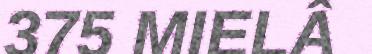
375 MIELÂ